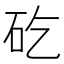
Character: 矻